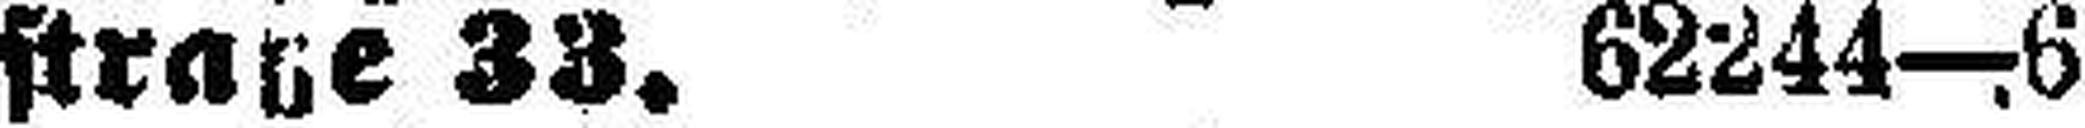
straße 33. 62244—6